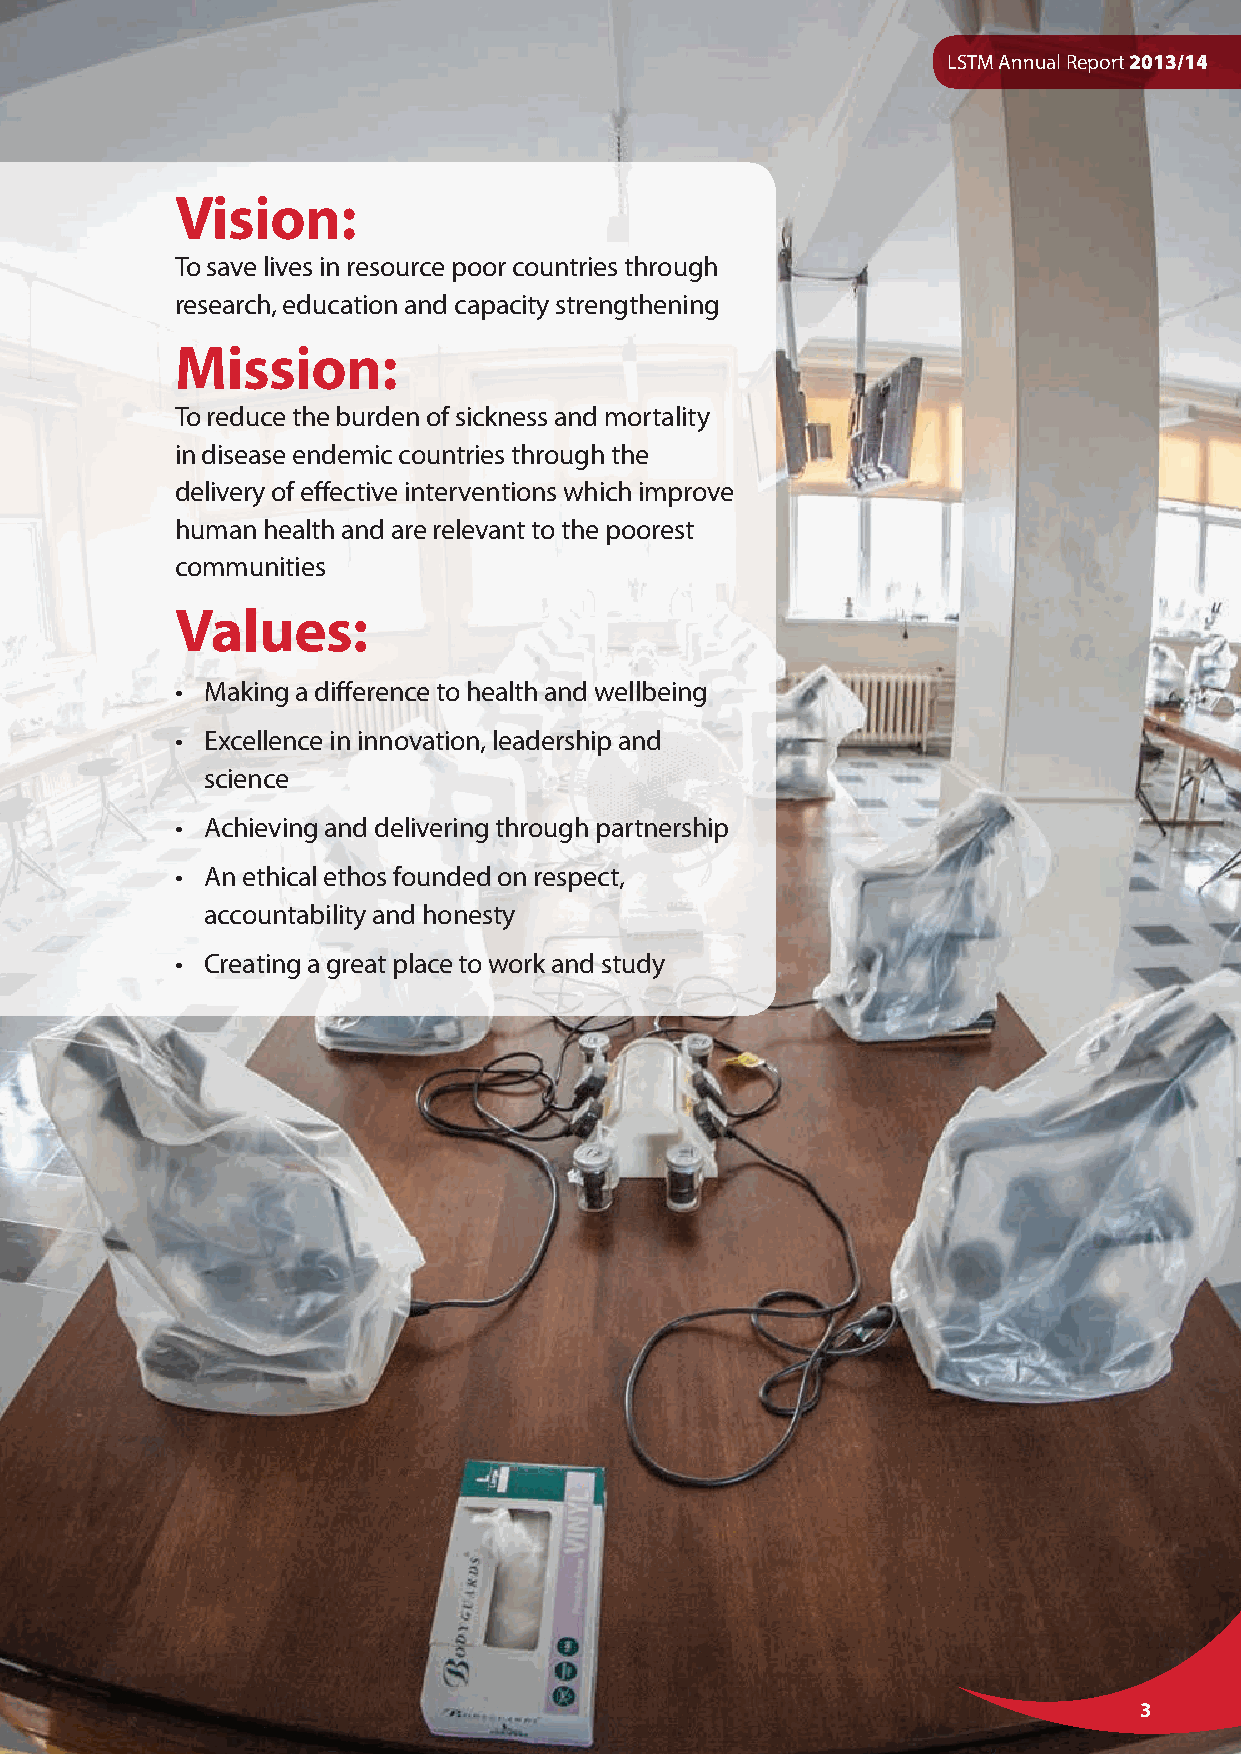
LSTM Annual Report 2013/14
 Vision:
 To save lives in resource poor countries through
 research, education and capacity strengthening
 Mission:
 To reduce the burden of sickness and mortality
 in disease endemic countries through the
 delivery of effective interventions which improve
 human health and are relevant to the poorest
 communities
 Values:
 • M aking a difference to health and wellbeing
 • E xcellence in innovation, leadership and
 science
 • A chieving and delivering through partnership
 • A n ethical ethos founded on respect,
 accountability and honesty
 • Creating a great place to work and study
 3